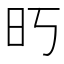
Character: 𰕱